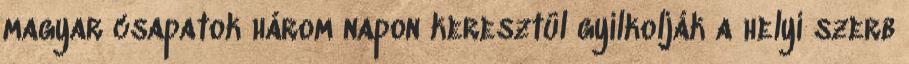
magyar csapatok három napon keresztül gyilkolják a helyi szerb